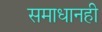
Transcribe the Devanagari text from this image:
समाधानही